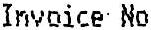
INVOICE NO